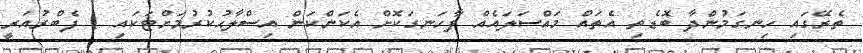
ތެރޭގައި ހިނގަމުންދާ ބޮޑެތި އެތައް މައްސަލައެއް ފާހަނގަކޮށް އެކަންކަން އިސްލާޙުކުރުމަށްޓަކައި 1 ފެބްރުއަރީ